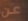
عن